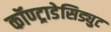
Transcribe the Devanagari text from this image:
कॉण्ट्राडेसिड्युट